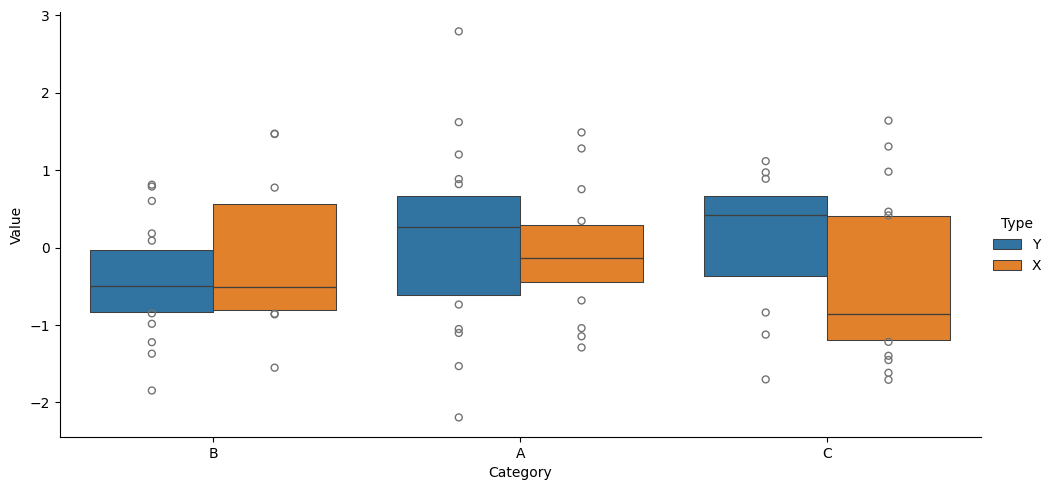
python, seaborn, catplot, kind='boxen', height=5, aspect=2